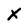
Character: x